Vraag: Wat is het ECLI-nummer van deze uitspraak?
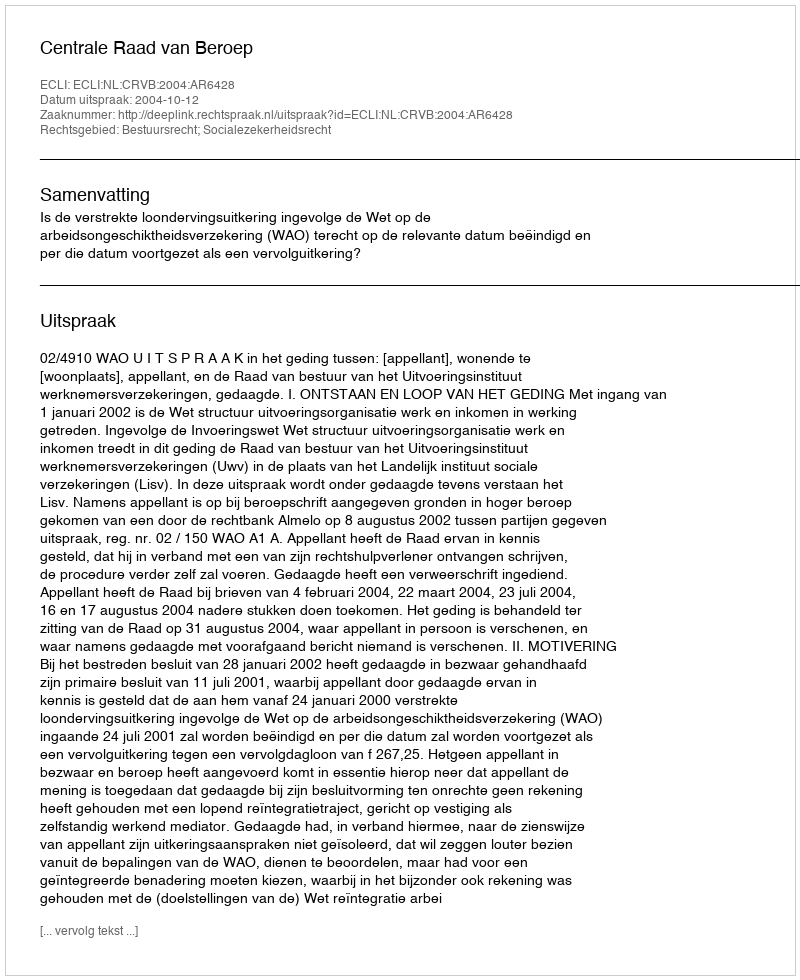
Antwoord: ECLI:NL:CRVB:2004:AR6428